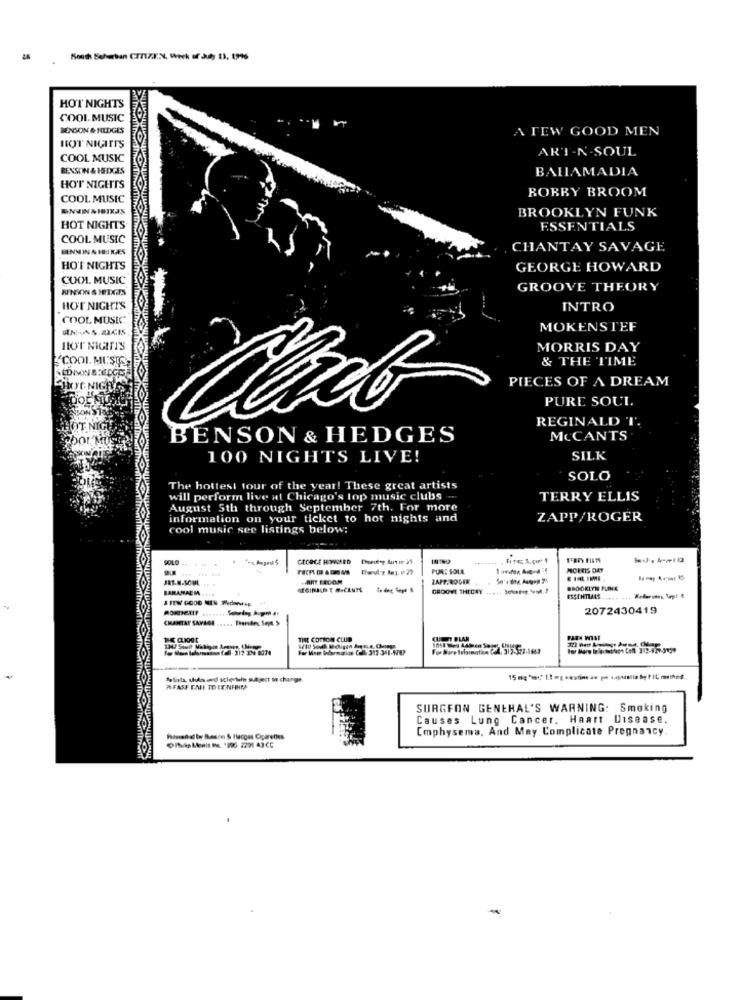
South Sehurban CITIZX.X4, Week of duty 13, 1996
HOT NIGHTS
COOL MUSIC
BENSON & NUDGES
A FEW GOOD MEN
HOT NIGIFTS
ART-N-SOUL
COOL MUSIC
BENSON & ISEDGES
BAHIAMADIA
HOT NIGHTS
BOBBY BROOM
COOL MUSIC
ENINIMIBIXAS
BROOKLYN FUNK
HOT NIGHTS
ESSENTIALS
COOL MUSIC
CHANTAY SAVAGE
HO'T NIGHTS
GEORGE HOWARD
COOL MUSIC
GROOVE THEORY
HOT NIGHTS
INTRO
COOL MUSIC
MOKENSTEF
HOT NIGHTIS
MORRIS DAY
COOL MUSTG
& THE TIME
DISONS REDCES
PIECES OF A DREAM
PURE SOUI.
REGINALD T.
BENSON & HEDGES
MCCANTS
por
100 NIGHTS LIVE!
SILK
SOLO
The hottest tour of the year! These great artists
will perform live at Chicago's lop music clubs
TERRY ELLIS
August 5th through September 7th. For more
information on your ticket to hot nights and
ZAPP/ROGER
cool music see listings below:
PURE SOLL
MCREIS DAY
HART ERCOM
ZAPF. RODER
BARAMACI ... 8
ESSENTIALS.
2072430419
CHARTAT SAMAGE ...... Therides Sept. 5
TIME COTTON CLUB
--
Aliata chésad sclertuin subject to change.
AFASE CALI TO CO/NFIHM
SURGEON GENERAL'S WARNING: Smoking
Causes Lung Cancer. Haart Disease.
Emphysema, And May Complicate Pregnancy.
hisseddl tyy Pastv & Hacgas Cigarettes
Olvas Menis ING, '90G 2291 43 CC